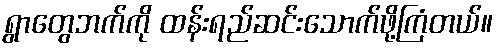
ရွာတွေဘက်ကို ထန်းရည်ဆင်းသောက်ဖို့ကြံတယ်။